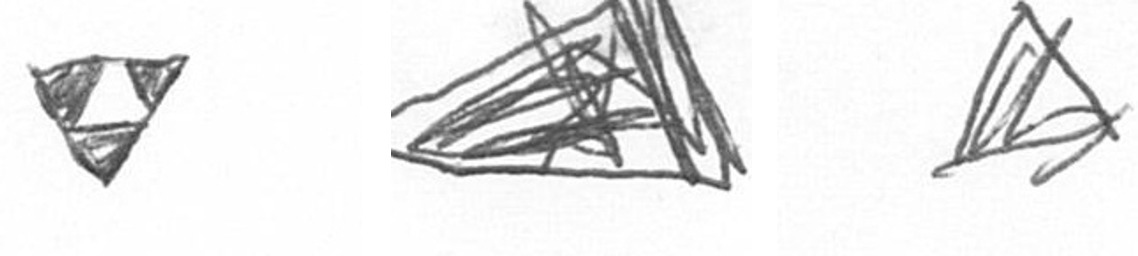
S O O